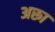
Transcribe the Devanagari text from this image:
अरूा